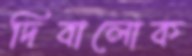
দিবালোক